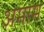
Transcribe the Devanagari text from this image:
अमाम